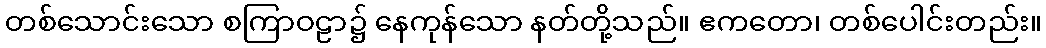
တစ်သောင်းသော စကြာဝဠာ၌ နေကုန်သော နတ်တို့သည်။ ဧကတော၊ တစ်ပေါင်းတည်း။